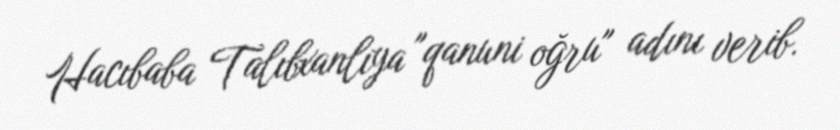
Hacıbaba Talıbxanlıya "qanuni oğru" adını verib.